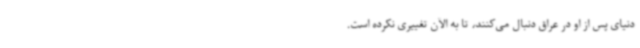
دنیای پس از او در عراق دنبال می‌کنند، تا به الآن تغییری نکرده است.